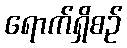
ရောက်ရှိစဉ်